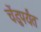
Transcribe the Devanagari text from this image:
चेंडुपर्यंत